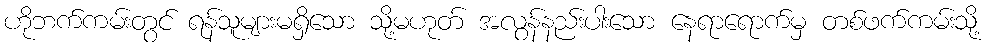
ဟိုဘက်ကမ်းတွင် ရန်သူများမရှိသော သို့မဟုတ် အလွန်နည်းပါးသော နေရာရောက်မှ တစ်ဖက်ကမ်းသို့